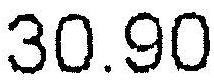
30.90